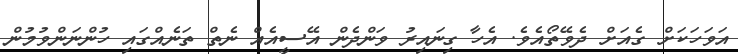
އަވަހަކަށް ގެއަށް ދެވޭތޯއެވެ. އެހާ ގިނައިރު ވަންދެން އޭސީއެއް ނެތް ތަނެއްގައި ހުންނަންވުމުން